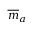
{ \overline { { m } } } _ { a }